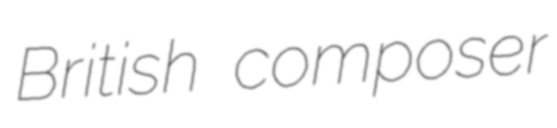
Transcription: British composer